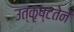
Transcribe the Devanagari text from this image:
उत्कृष्टतेने